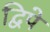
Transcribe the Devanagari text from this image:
द्विपे